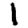
Digit: 1